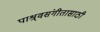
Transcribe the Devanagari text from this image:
पाश्र्वसंगीतासाठी